65_HS1-834228961_62-HQ-83894_Section_8
Agency: FBI
Page 63
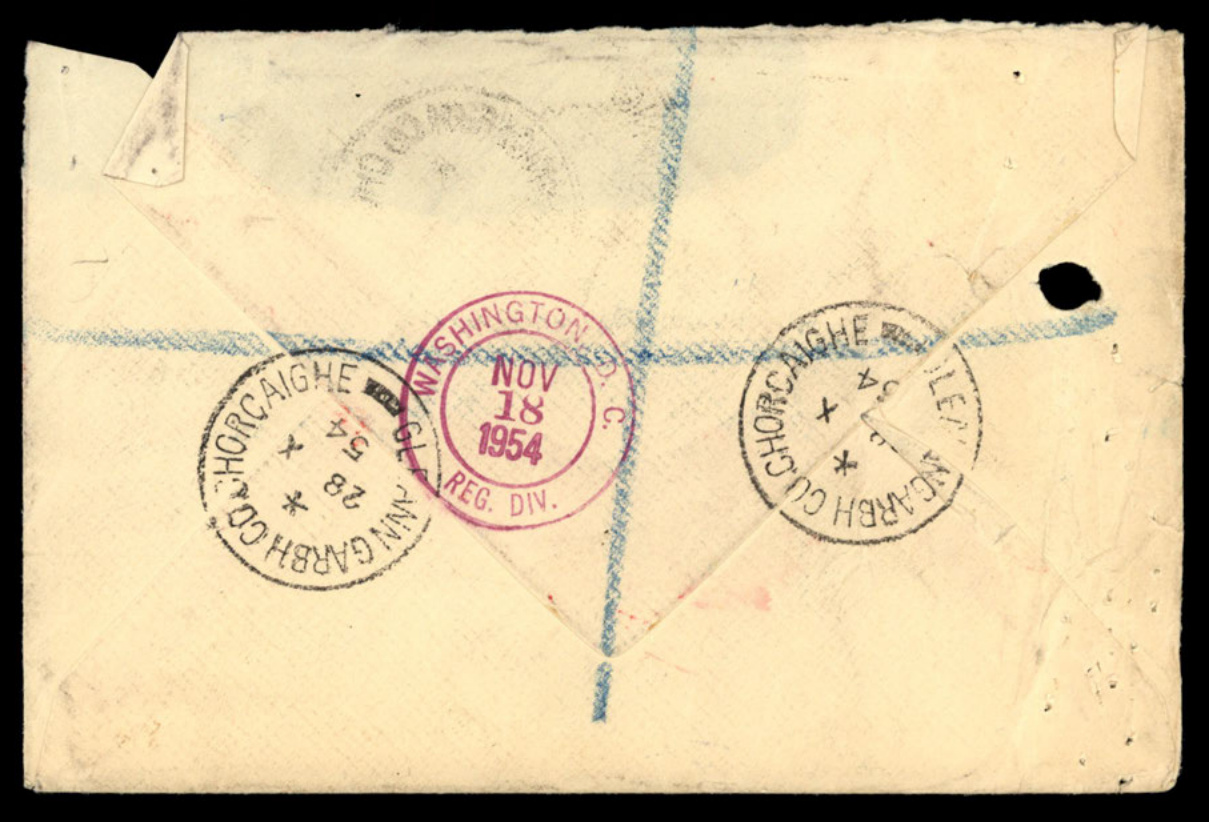